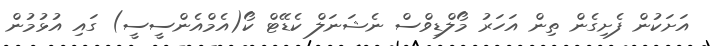
އަށަކުން ފެށިގެން ތިން އަހަރު މޯލްޑިވްސް ނެޝަނަލް ކެޑޭޓް ކޯ(އެމްއެންސީސީ) ގައި އުޅުމުން